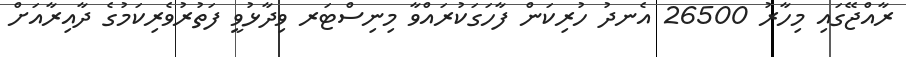
ރާއްޖޭގައި މިހާރު 26500 އެނދު ހުރިކަން ފާހަގަކުރައްވާ މިނިސްޓަރ ވިދާޅުވީ ފަތުރުވެރިކަމުގެ ދާއިރާއަށް